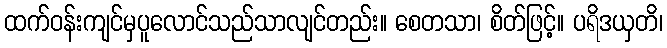
ထက်ဝန်းကျင်မှပူလောင်သည်သာလျင်တည်း။ စေတသာ၊ စိတ်ဖြင့်။ ပရိဒယှတိ၊